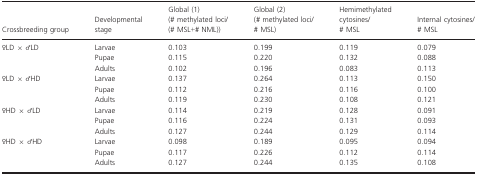
<table><thead><tr><td><b>Crossbreeding group</b></td><td><b>Developmental stage</b></td><td><b>Global (1) (# methylated loci/(# MSL+# NML))</b></td><td><b>Global (2) (# methylated loci/# MSL)</b></td><td><b>Hemimethylated cytosines/# MSL</b></td><td><b>Internal cytosines/# MSL</b></td></tr></thead><tbody><tr><td rowspan="3">♀LD × ♂LD</td><td>Larvae</td><td>0.103</td><td>0.199</td><td>0.119</td><td>0.079</td></tr><tr><td>Pupae</td><td>0.115</td><td>0.220</td><td>0.132</td><td>0.088</td></tr><tr><td>Adults</td><td>0.102</td><td>0.196</td><td>0.083</td><td>0.113</td></tr><tr><td rowspan="3">♀LD × ♂HD</td><td>Larvae</td><td>0.137</td><td>0.264</td><td>0.113</td><td>0.150</td></tr><tr><td>Pupae</td><td>0.112</td><td>0.216</td><td>0.116</td><td>0.100</td></tr><tr><td>Adults</td><td>0.119</td><td>0.230</td><td>0.108</td><td>0.121</td></tr><tr><td rowspan="3">♀HD × ♂LD</td><td>Larvae</td><td>0.114</td><td>0.219</td><td>0.128</td><td>0.091</td></tr><tr><td>Pupae</td><td>0.116</td><td>0.224</td><td>0.131</td><td>0.093</td></tr><tr><td>Adults</td><td>0.127</td><td>0.244</td><td>0.129</td><td>0.114</td></tr><tr><td rowspan="3">♀HD × ♂HD</td><td>Larvae</td><td>0.098</td><td>0.189</td><td>0.095</td><td>0.094</td></tr><tr><td>Pupae</td><td>0.117</td><td>0.226</td><td>0.112</td><td>0.114</td></tr><tr><td>Adults</td><td>0.127</td><td>0.244</td><td>0.135</td><td>0.108</td></tr></tbody></table>